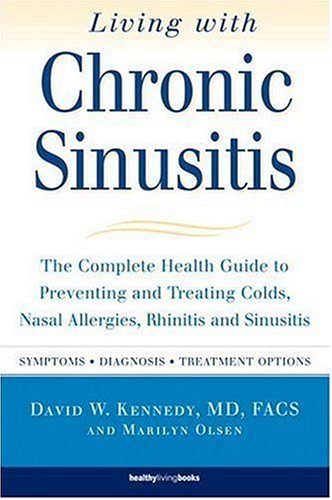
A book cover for Living with Chronic Sinusitis: A Patient's Guide to Sinusitis, Nasal Allegies, Polyps and their Treatment Options; David W. Kennedy; Health, Fitness & Dieting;